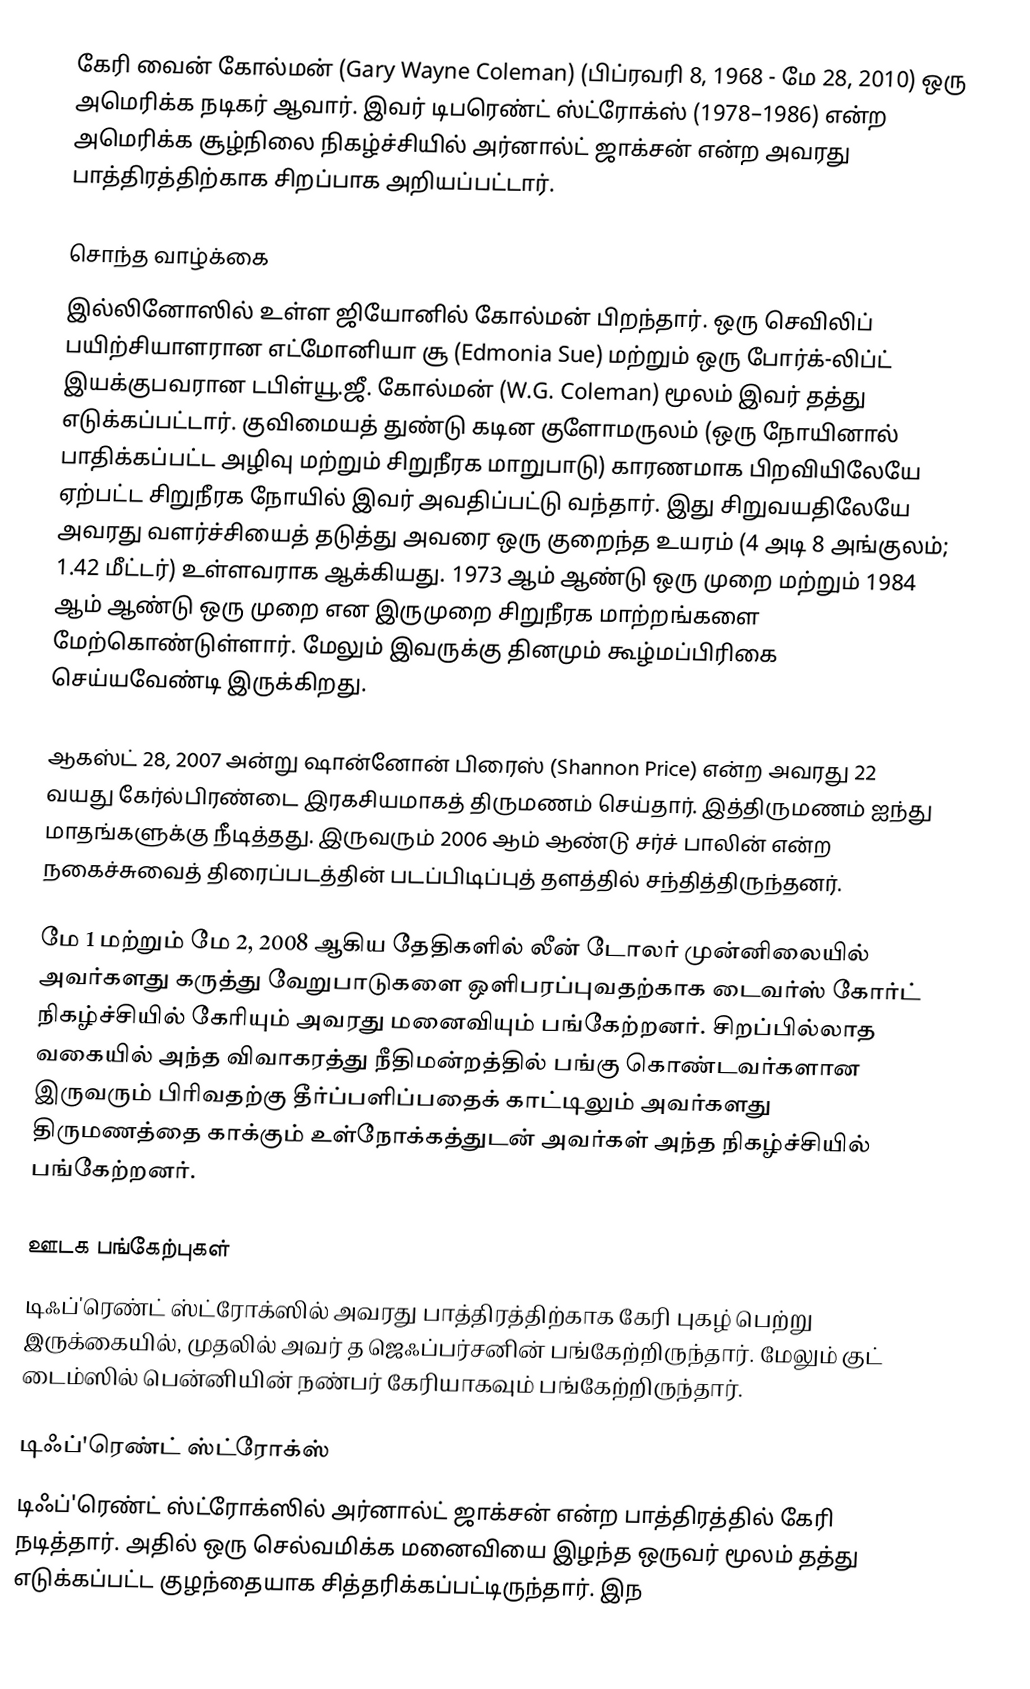
கேரி வைன் கோல்மன் (Gary Wayne Coleman) (பிப்ரவரி 8, 1968 - மே 28, 2010) ஒரு அமெரிக்க நடிகர் ஆவார். இவர் டிபரெண்ட் ஸ்ட்ரோக்ஸ் (1978–1986) என்ற அமெரிக்க சூழ்நிலை நிகழ்ச்சியில் அர்னால்ட் ஜாக்சன் என்ற அவரது பாத்திரத்திற்காக சிறப்பாக அறியப்பட்டார்.

சொந்த வாழ்க்கை
இல்லினோஸில் உள்ள ஜியோனில் கோல்மன் பிறந்தார். ஒரு செவிலிப் பயிற்சியாளரான எட்மோனியா சூ (Edmonia Sue) மற்றும் ஒரு போர்க்-லிப்ட் இயக்குபவரான டபிள்யூ.ஜீ. கோல்மன் (W.G. Coleman) மூலம் இவர் தத்து எடுக்கப்பட்டார். குவிமையத் துண்டு கடின குளோமருலம் (ஒரு நோயினால் பாதிக்கப்பட்ட அழிவு மற்றும் சிறுநீரக மாறுபாடு) காரணமாக பிறவியிலேயே ஏற்பட்ட சிறுநீரக நோயில் இவர் அவதிப்பட்டு வந்தார். இது சிறுவயதிலேயே அவரது வளர்ச்சியைத் தடுத்து அவரை ஒரு குறைந்த உயரம் (4 அடி 8 அங்குலம்; 1.42 மீட்டர்) உள்ளவராக ஆக்கியது. 1973 ஆம் ஆண்டு ஒரு முறை மற்றும் 1984 ஆம் ஆண்டு ஒரு முறை என இருமுறை சிறுநீரக மாற்றங்களை மேற்கொண்டுள்ளார். மேலும் இவருக்கு தினமும் கூழ்மப்பிரிகை செய்யவேண்டி இருக்கிறது.

ஆகஸ்ட் 28, 2007 அன்று ஷான்னோன் பிரைஸ் (Shannon Price) என்ற அவரது 22 வயது கேர்ல்பிரண்டை இரகசியமாகத் திருமணம் செய்தார். இத்திருமணம் ஐந்து மாதங்களுக்கு நீடித்தது. இருவரும் 2006 ஆம் ஆண்டு சர்ச் பாலின் என்ற நகைச்சுவைத் திரைப்படத்தின் படப்பிடிப்புத் தளத்தில் சந்தித்திருந்தனர்.

மே 1 மற்றும் மே 2, 2008 ஆகிய தேதிகளில் லீன் டோலர் முன்னிலையில் அவர்களது கருத்து வேறுபாடுகளை ஒளிபரப்புவதற்காக டைவர்ஸ் கோர்ட் நிகழ்ச்சியில் கேரியும் அவரது மனைவியும் பங்கேற்றனர். சிறப்பில்லாத வகையில் அந்த விவாகரத்து நீதிமன்றத்தில் பங்கு கொண்டவர்களான இருவரும் பிரிவதற்கு தீர்ப்பளிப்பதைக் காட்டிலும் அவர்களது திருமணத்தை காக்கும் உள்நோக்கத்துடன் அவர்கள் அந்த நிகழ்ச்சியில் பங்கேற்றனர்.

ஊடக பங்கேற்புகள்
டிஃப்'ரெண்ட் ஸ்ட்ரோக்ஸில் அவரது பாத்திரத்திற்காக கேரி புகழ் பெற்று இருக்கையில், முதலில் அவர் த ஜெஃப்பர்சனின் பங்கேற்றிருந்தார். மேலும் குட் டைம்ஸில் பென்னியின் நண்பர் கேரியாகவும் பங்கேற்றிருந்தார்.

டிஃப்'ரெண்ட் ஸ்ட்ரோக்ஸ்
டிஃப்'ரெண்ட் ஸ்ட்ரோக்ஸில் அர்னால்ட் ஜாக்சன் என்ற பாத்திரத்தில் கேரி நடித்தார். அதில் ஒரு செல்வமிக்க மனைவியை இழந்த ஒருவர் மூலம் தத்து எடுக்கப்பட்ட குழந்தையாக சித்தரிக்கப்பட்டிருந்தார். இந